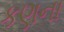
કણના